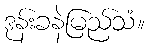
ဒုန်းခနဲမြည်သံ။